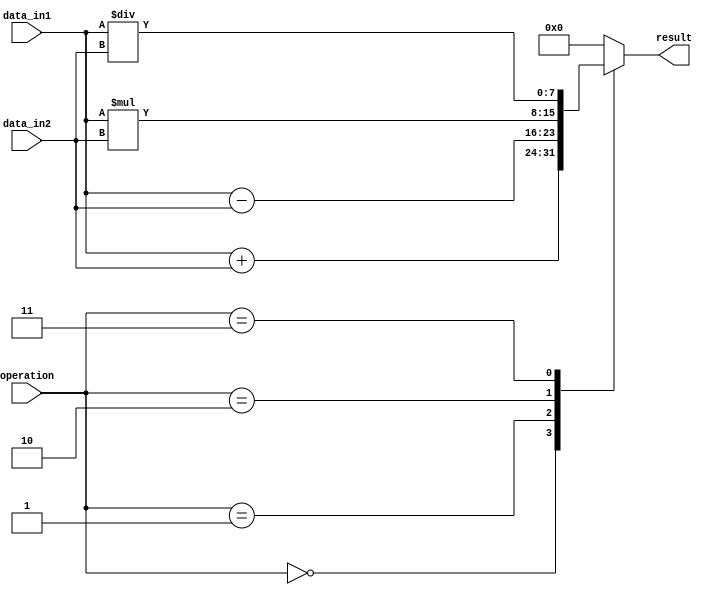
module Vector_ALU (
    input wire [7:0] data_in1,
    input wire [7:0] data_in2,
    input wire [2:0] operation,
    output wire [7:0] result
);

always @(*) begin
    case(operation)
        3'b000: result = data_in1 + data_in2; // addition
        3'b001: result = data_in1 - data_in2; // subtraction
        3'b010: result = data_in1 * data_in2; // multiplication
        3'b011: result = data_in1 / data_in2; // division
        default: result = 8'b00000000; // default case
    endcase
end

endmodule